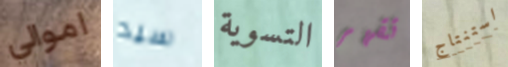
اموالي سيد التسوية تقهر استنتاج